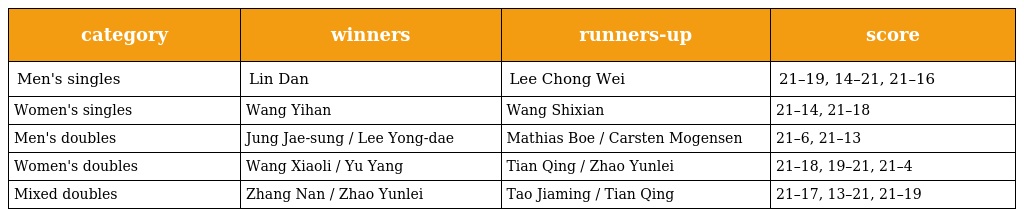
| category | winners | runners-up | score |
 | --- | --- | --- | --- |
 | Men's singles | Lin Dan | Lee Chong Wei | 21–19, 14–21, 21–16 |
 | Women's singles | Wang Yihan | Wang Shixian | 21–14, 21–18 |
 | Men's doubles | Jung Jae-sung / Lee Yong-dae | Mathias Boe / Carsten Mogensen | 21–6, 21–13 |
 | Women's doubles | Wang Xiaoli / Yu Yang | Tian Qing / Zhao Yunlei | 21–18, 19–21, 21–4 |
 | Mixed doubles | Zhang Nan / Zhao Yunlei | Tao Jiaming / Tian Qing | 21–17, 13–21, 21–19 |